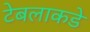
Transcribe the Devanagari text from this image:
टेबलाकडे